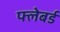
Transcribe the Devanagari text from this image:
फ्लेबर्ड